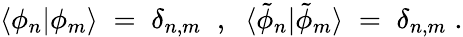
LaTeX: \langle\phi_{n}|\phi_{m}\rangle\; =\; \delta_{n,m}\; \; ,\; \; \langle{\tilde{\phi}}_{n}|{\tilde{\phi}}_{m}\rangle\; =\; \delta_{n,m}\; .